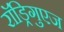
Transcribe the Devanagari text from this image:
राॅड्रिगुएज